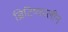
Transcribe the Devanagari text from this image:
ब्रिटिष्कालीन